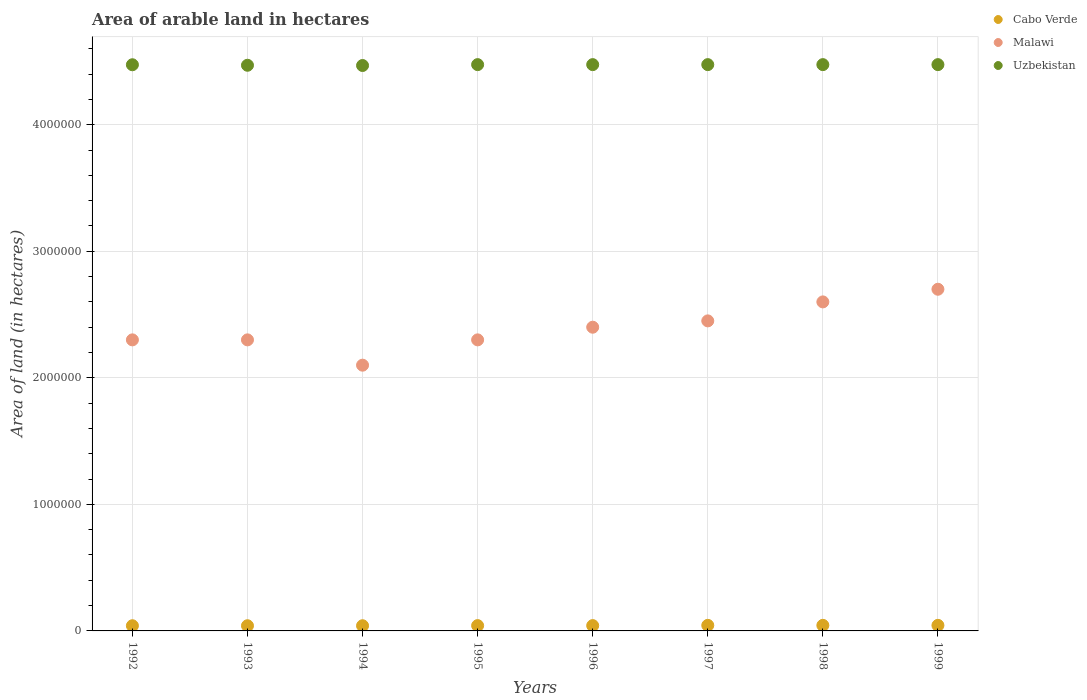
| Years | Cabo Verde | Malawi | Uzbekistan |
 | --- | --- | --- | --- |
 | 1992 | 4.1e+04 | 2.3e+06 | 4.47e+06 |
 | 1993 | 4.1e+04 | 2.3e+06 | 4.47e+06 |
 | 1994 | 4.1e+04 | 2.1e+06 | 4.47e+06 |
 | 1995 | 4.2e+04 | 2.3e+06 | 4.48e+06 |
 | 1996 | 4.2e+04 | 2.4e+06 | 4.48e+06 |
 | 1997 | 4.4e+04 | 2.45e+06 | 4.48e+06 |
 | 1998 | 4.4e+04 | 2.6e+06 | 4.48e+06 |
 | 1999 | 4.4e+04 | 2.7e+06 | 4.48e+06 |